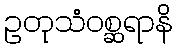
ဥတုသံဝစ္ဆရာနိ